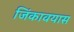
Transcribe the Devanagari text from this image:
जिंकावयास